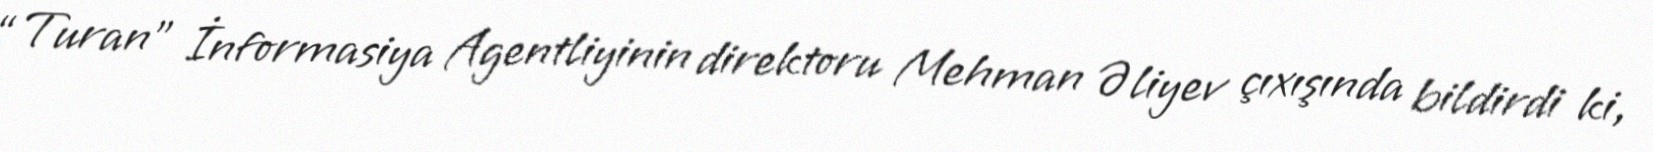
“Turan” İnformasiya Agentliyinin direktoru Mehman Əliyev çıxışında bildirdi ki,